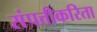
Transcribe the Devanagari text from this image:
संपत्तीकरिता